Report on the working of the mental hospitals for Indians in Bihar and Orissa - 1925-1929
Year: 1925
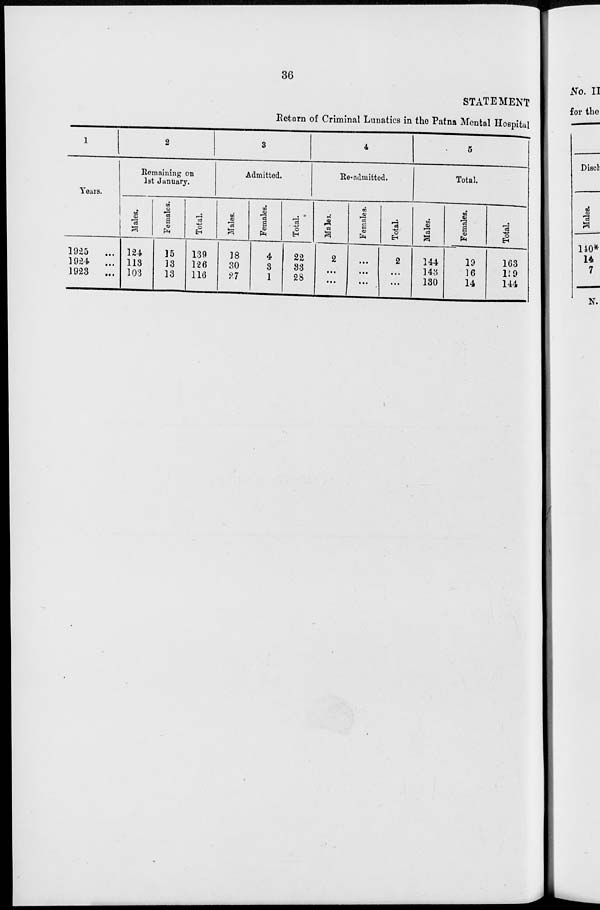
36
STATEMENT
Return of Criminal Lunatics in the Patna Mental Hospital
1
Years.
1925
...
1924
...
1923
...
2
Remaining on
1st January.
Males.
124
113
103
Females.
15
13
13
Total.
139
126
116
3
Admitted.
Males.
18
30
27
Females.
4
3
1
Total.
22
33
28
4
Re-admitted.
Males.
2
...
...
Females.
...
...
...
Total.
2
...
...
5
Total.
Males.
144
143
130
Females.
19
16
14
Total.
163
159
144